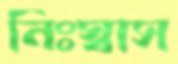
নিঃস্বাস